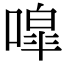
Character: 噑